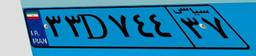
۴۰D۳۳۷۷۶